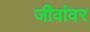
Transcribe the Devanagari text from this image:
जीवांवर